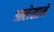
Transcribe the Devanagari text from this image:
आलेखाने